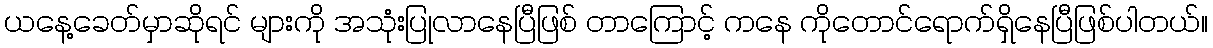
ယနေ့ခေတ်မှာဆိုရင် များကို အသုံးပြုလာနေပြီဖြစ် တာကြောင့် ကနေ ကိုတောင်ရောက်ရှိနေပြီဖြစ်ပါတယ်။